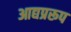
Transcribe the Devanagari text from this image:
आद्यप्ररूप